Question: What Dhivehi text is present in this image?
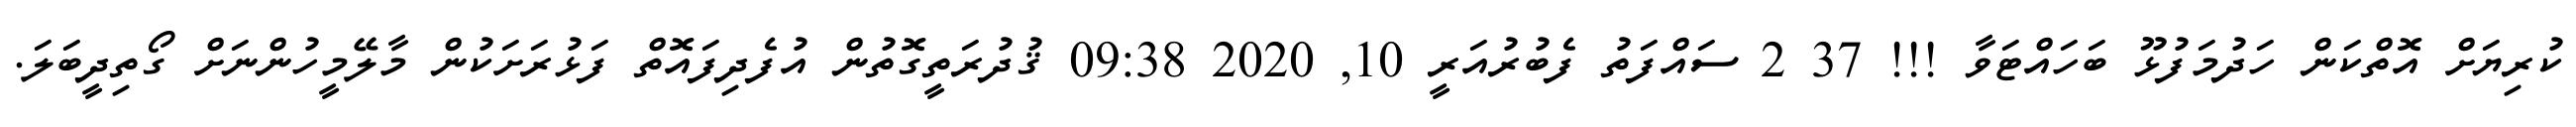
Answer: ކުރިޔަށް އޮތްކަން ހަދުމަފުޅޫ ބަހައްޓަވާ !!! 37 2 ސައްފަތު ފެބުރުއަރީ 10, 2020 09:38 ޤުދުރަތީގޮތުން އުފެދިފައޮތް ފަޅުރަށަކުން މާލޭމީހުންނަށް ގޯތިދީބަލަ.